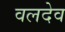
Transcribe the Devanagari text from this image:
वलदेव